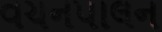
વચનપાલન